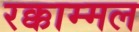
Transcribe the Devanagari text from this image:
रक्काम्मल